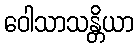
ဝေါသာသန္တိယာ